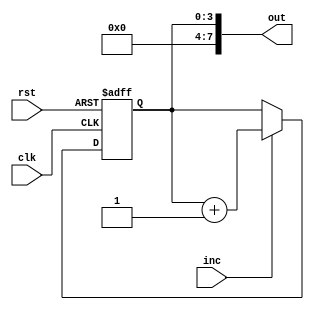
module pc(
	input clk,
	input rst,
	input inc,

	output[7:0] out
);
	
	reg[3:0] pc;
	
	always @ (posedge clk, posedge rst)
	begin
		if (rst)
		begin
			pc <= 4'b0;
		end else if (inc)
		begin
			pc <= pc + 1;
		end
	end

	assign out = pc;

endmodule